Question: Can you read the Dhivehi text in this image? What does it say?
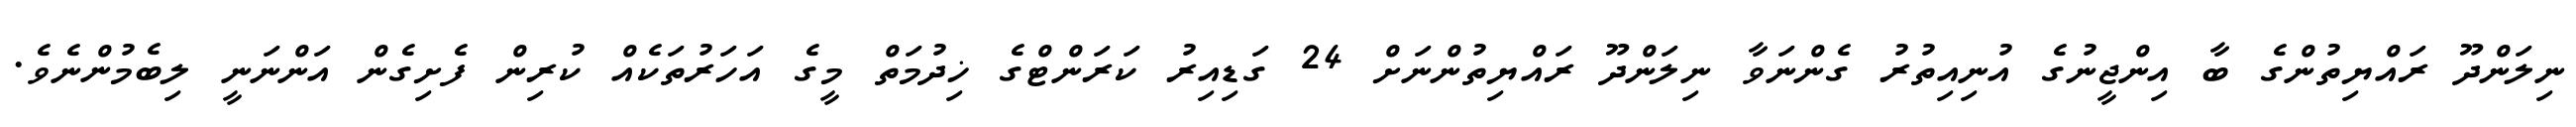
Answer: ނިލަންދޫ ރައްޔިތުންގެ ބާ އިންޖީނުގެ އުނިއިތުރު ގެންނަވާ ނިލަންދޫ ރައްޔިތުންނަށް 24 ގަޑިއިރު ކަރަންޓްގެ ޚިދުމަތް މީގެ އަހަރުތަކެއް ކުރިން ފެށިގެން އަންނަނީ ލިބެމުންނެވެ.